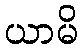
ယာမိ